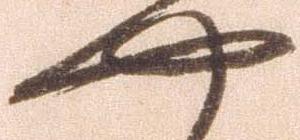
や